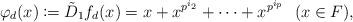
LaTeX: \begin{align*}\varphi_d (x) \coloneqq \tilde{D}_1 f_d (x) = x + x^{p^{i_2}} + \cdots + x^{p^{i_{p}}} \ \ (x \in F), \end{align*}